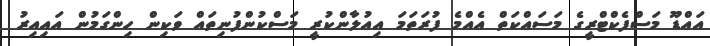
އައްޑޫ މަސްފެކްޓްރީގެ މަސައްކަތް އެއްމެ ފުރަތަމަ އިއުލާންކުރީ މަސްކުންފުނިތައް ވަކިން ހިންގަމުން އައިއިރު